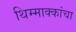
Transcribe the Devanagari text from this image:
थिम्माक्कांचा